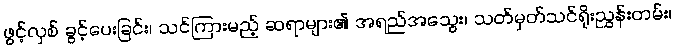
ဖွင့်လှစ် ခွင့်ပေးခြင်း၊ သင်ကြားမည့် ဆရာများ၏ အရည်အသွေး၊ သတ်မှတ်သင်ရိုးညွှန်းတမ်း၊